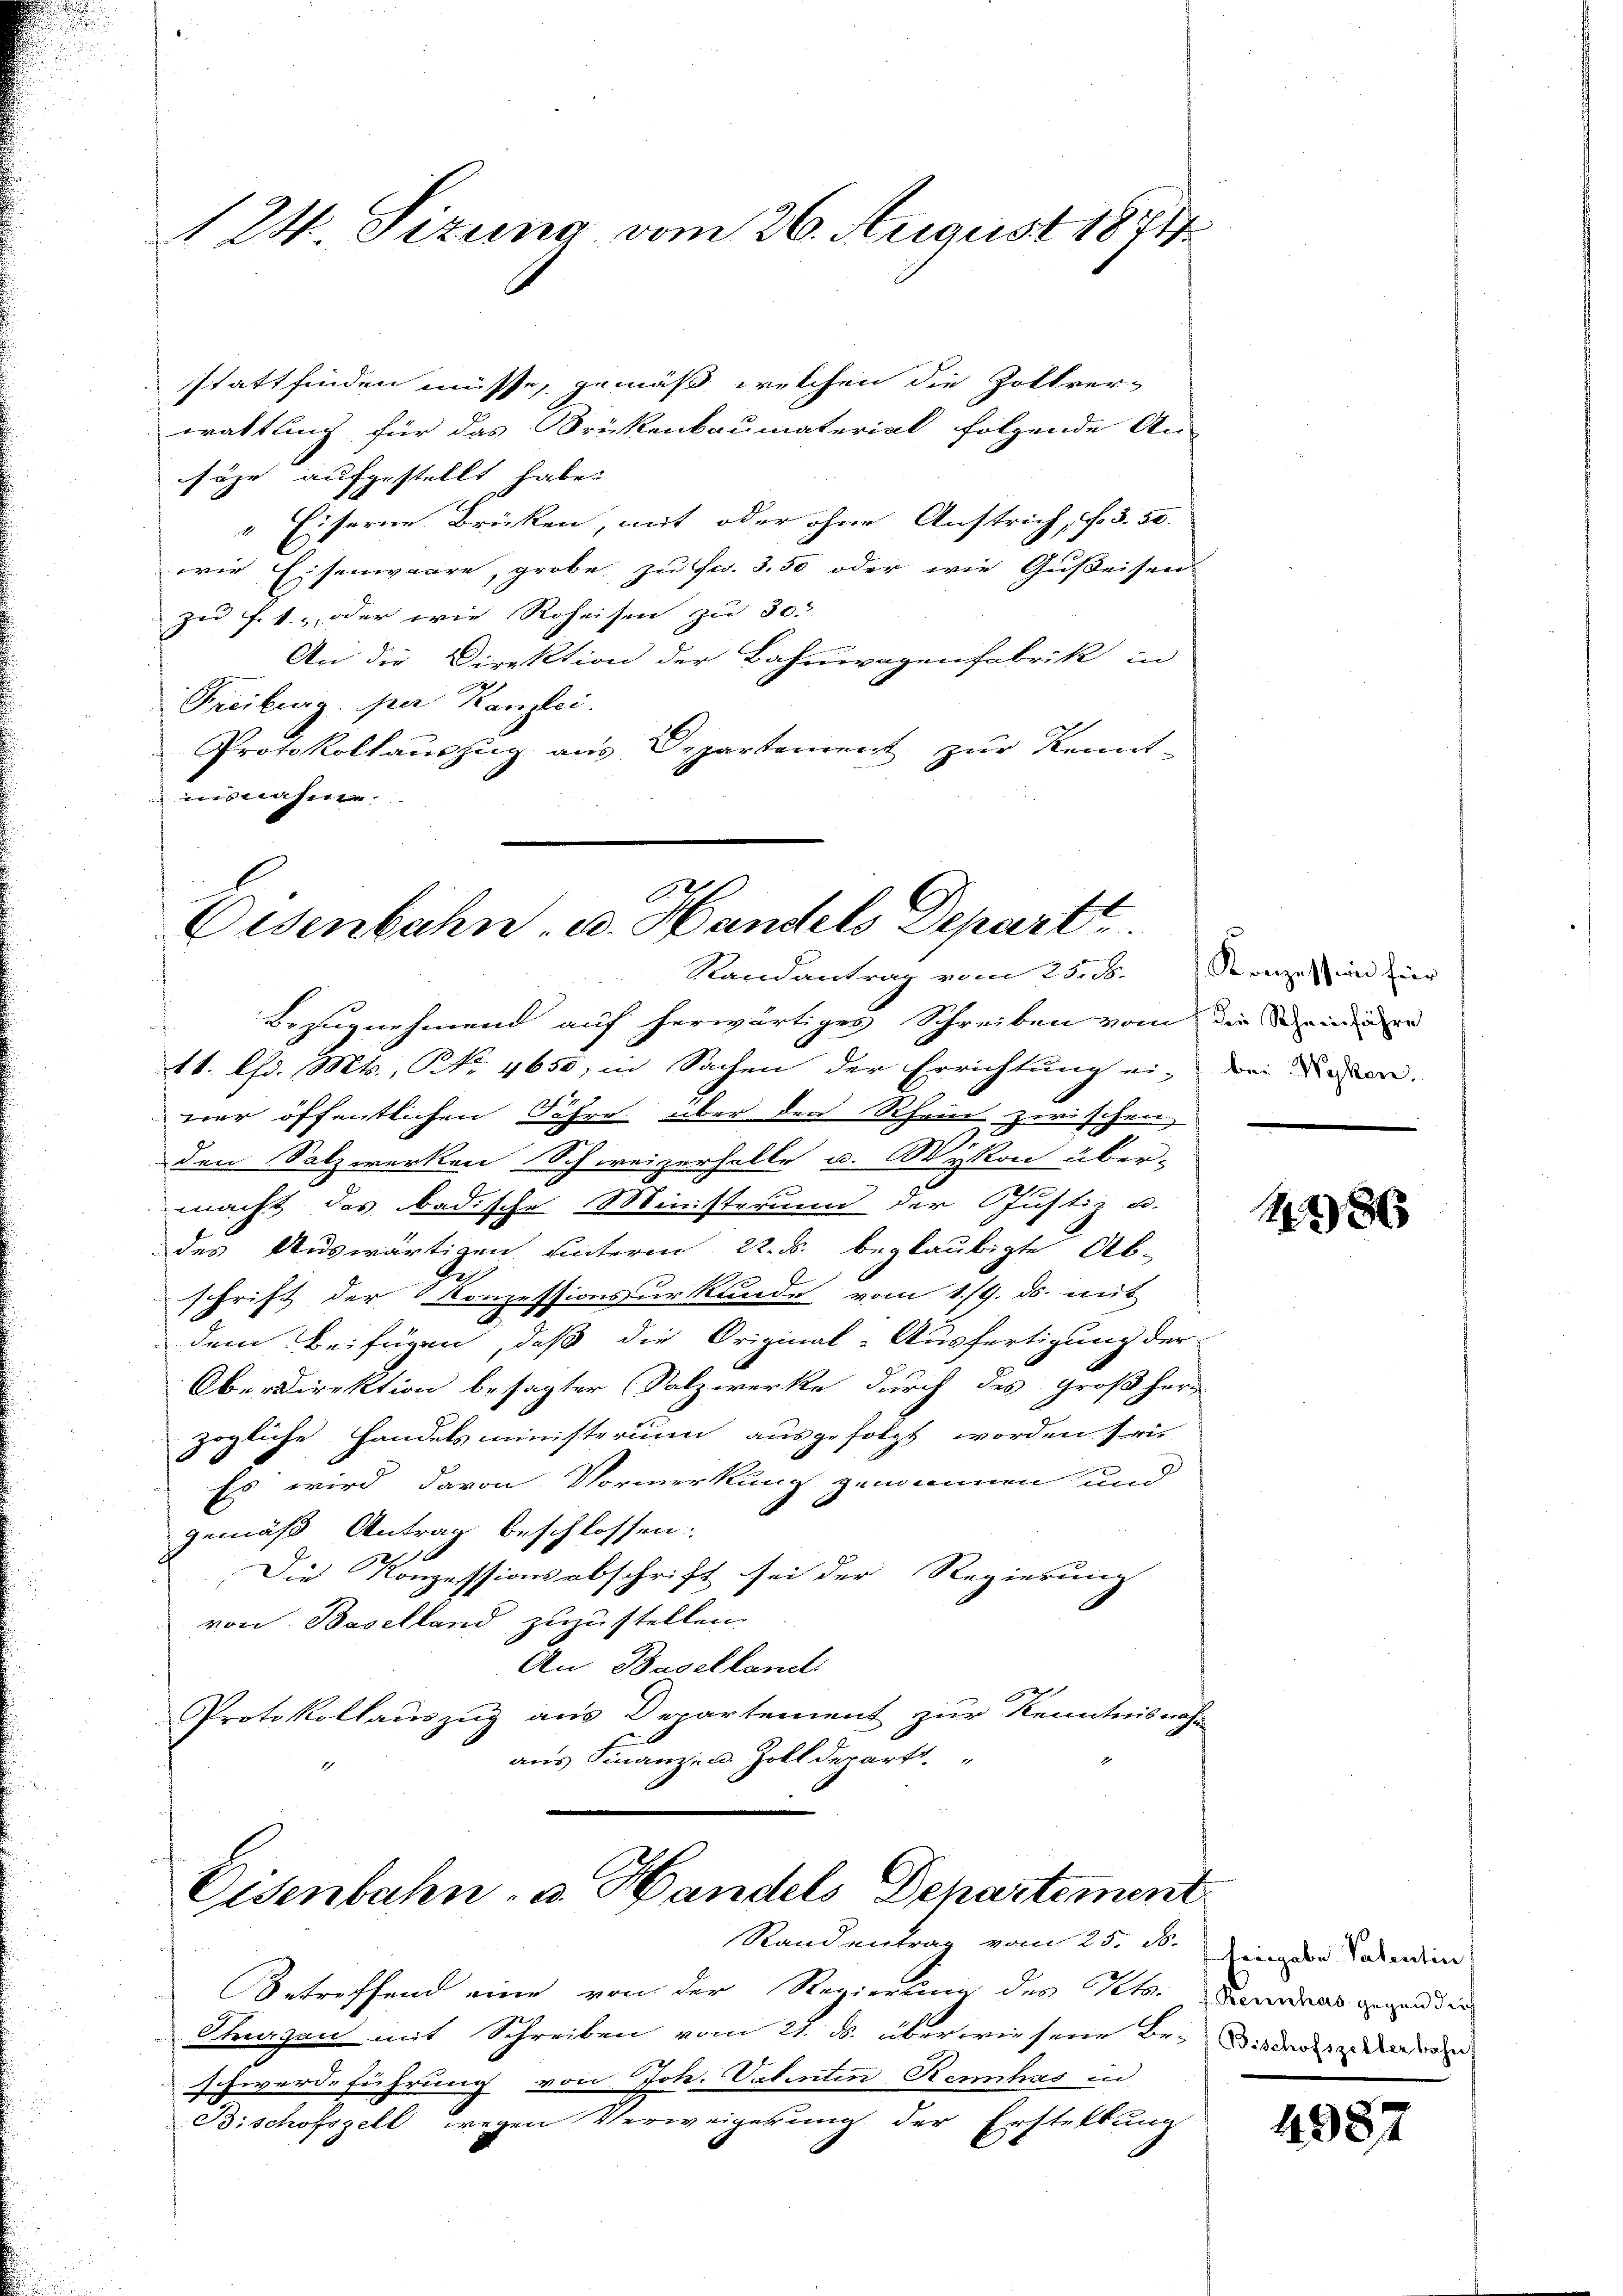
24. Sizung vom 26. August 1871

stattfinden müsse, gemäß welchen die Zollver-
waltung für das Brikenbaumaterial folgende An-
säge aufgestellt habe.
" Eiserne Brücken, mit oder ohne Anstrich, d. 5. 50.
wie Eisenwaare, grobe zu fl. 3,50 oder wie Gußeisen
zu f. 1., oder wie Roheisen zu 30
An die Direktion der Bahnwagenfabrik in
Freiburg. per Kanzlei.
Protokollauszug aus Departement zur Kennt-
isnahme.

A.2
Eisenbahn u. Handels Depart.
Randantrag vom 25. d. Konzes in für

Bezugnehmend auf herwärtiges Schreiben vom die Seinener
11. Chr. Mts., Nr. 4650, in Sachen der Errichtung ein dei der
ner öffentlichen Fähre über den Rhein zwischen
den Salzwerken Schweizerhelle u. Wykon über-
macht das badische Ministerum der Justiz u.
des Auswärtigen unterm 22. ds. beglaubigte Ab-
2
schrift der Konzessionsurkunde vom 1./9. ds. mit
dem Beifügen, daß die Original-Ausfertigung der
Oberdirektion besagter Salzwerke durch des Großherz
zögliche Handelsministerium ausgefolgt worden sei.
Es wird davon Vormerkung gemannen und
gemäß Antrag beschlossen:
Die Konzessionsabschrift sei der Regierung
von Baselland zuzustellen.
An Baselland
Protokollauszug aus Departement zur Kenntnisnahm
aus Finanz- u. Zolldepart.

Eisenbahn, u. Handels Departement
Standentrag vom 25. ds.

Betreffend eine von der Regierung des Kts. Bandans geendin
Thurgau mit Schreiben vom 21. d. über wie seine Be- Wieder den
schwerdeführung von Joh. Valenten Rennhas in
Bischofszell wegen Verweigerung der Erstellung

e

186

heigabe Patentin

4987